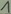
Text: 1